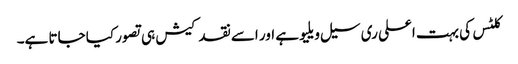
کلٹس کی بہت اعلی ری سیل ویلیو ہے اور اسے نقد کیش ہی تصور کیا جاتا ہے۔